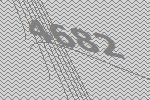
4682